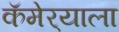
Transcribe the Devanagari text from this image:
कॅमेर्‍याला